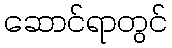
ဆောင်ရာတွင်